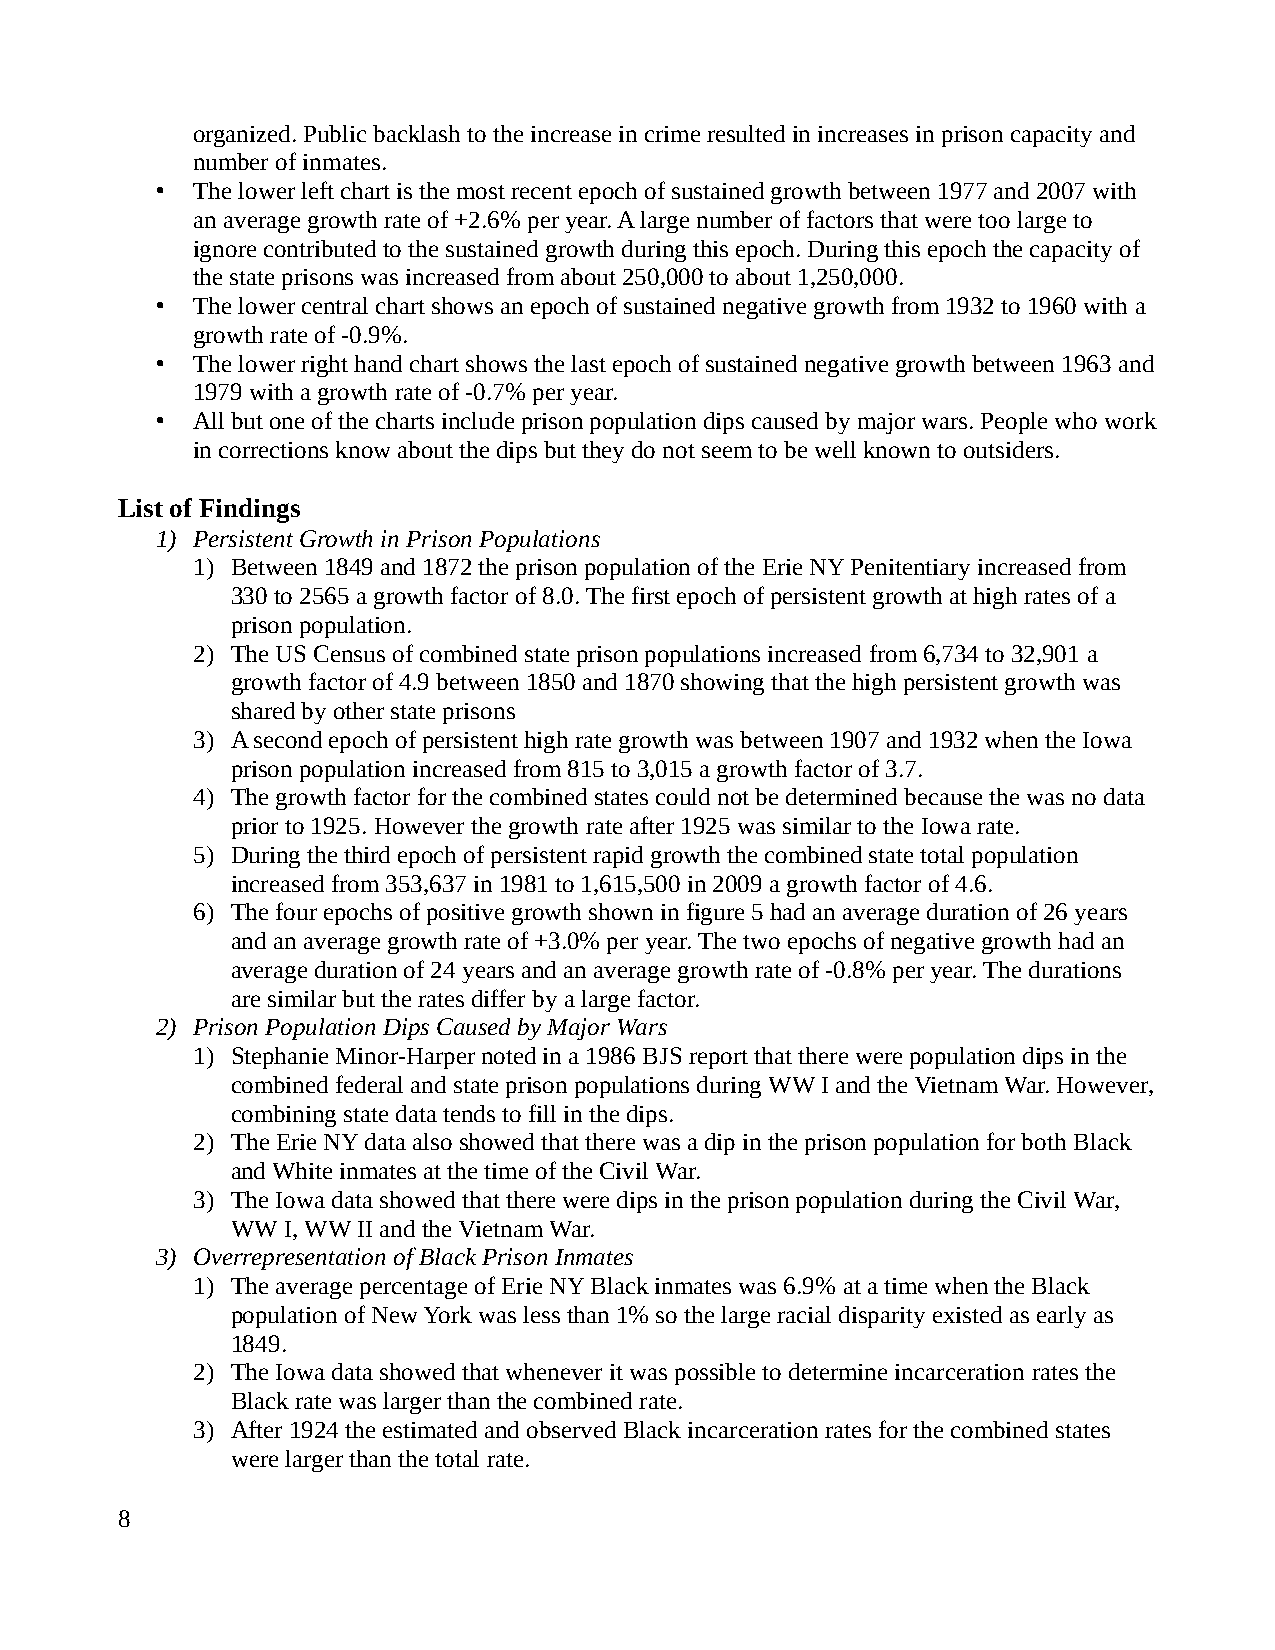
organized. Public backlash to the increase in crime resulted in increases in prison capacity and
 number of inmates.
 •  The lower left chart is the most recent epoch of sustained growth between 1977 and 2007 with
 an average growth rate of +2.6% per year. A large number of factors that were too large to
 ignore contributed to the sustained growth during this epoch. During this epoch the capacity of
 the state prisons was increased from about 250,000 to about 1,250,000.
 •  The lower central chart shows an epoch of sustained negative growth from 1932 to 1960 with a
 growth rate of -0.9%.
 •  The lower right hand chart shows the last epoch of sustained negative growth between 1963 and
 1979 with a growth rate of -0.7% per year.
 •  All but one of the charts include prison population dips caused by major wars. People who work
 in corrections know about the dips but they do not seem to be well known to outsiders.
 List of Findings
 1) Persistent Growth in Prison Populations
 1) Between 1849 and 1872 the prison population of the Erie NY Penitentiary increased from
 330 to 2565 a growth factor of 8.0. The first epoch of persistent growth at high rates of a
 prison population.
 2) The US Census of combined state prison populations increased from 6,734 to 32,901 a
 growth factor of 4.9 between 1850 and 1870 showing that the high persistent growth was
 shared by other state prisons
 3) A second epoch of persistent high rate growth was between 1907 and 1932 when the Iowa
 prison population increased from 815 to 3,015 a growth factor of 3.7.
 4) The growth factor for the combined states could not be determined because the was no data
 prior to 1925. However the growth rate after 1925 was similar to the Iowa rate.
 5) During the third epoch of persistent rapid growth the combined state total population
 increased from 353,637 in 1981 to 1,615,500 in 2009 a growth factor of 4.6.
 6) The four epochs of positive growth shown in figure 5 had an average duration of 26 years
 and an average growth rate of +3.0% per year. The two epochs of negative growth had an
 average duration of 24 years and an average growth rate of -0.8% per year. The durations
 are similar but the rates differ by a large factor.
 2) Prison Population Dips Caused by Major Wars
 1) Stephanie Minor-Harper noted in a 1986 BJS report that there were population dips in the
 combined federal and state prison populations during WW I and the Vietnam War. However,
 combining state data tends to fill in the dips.
 2) The Erie NY data also showed that there was a dip in the prison population for both Black
 and White inmates at the time of the Civil War.
 3) The Iowa data showed that there were dips in the prison population during the Civil War,
 WW  I, WW II and the Vietnam War.
 3) Overrepresentation of Black Prison Inmates
 1) The average percentage of Erie NY Black inmates was 6.9% at a time when the Black
 population of New York was less than 1% so the large racial disparity existed as early as
 1849.
 2) The Iowa data showed that whenever it was possible to determine incarceration rates the
 Black rate was larger than the combined rate.
 3) After 1924 the estimated and observed Black incarceration rates for the combined states
 were larger than the total rate.
 8